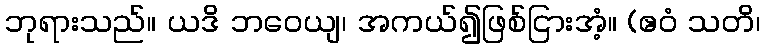
ဘုရားသည်။ ယဒိ ဘဝေယျ၊ အကယ်၍ဖြစ်ငြားအံ့။ (ဧဝံ သတိ၊